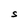
Character: S